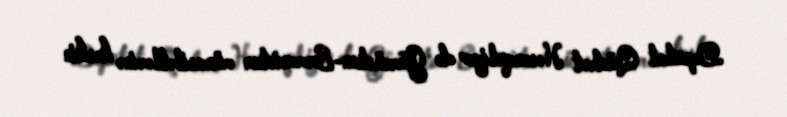
Deputat Qüdrət Həsənquliyev də Gürcüstan-Ermənistan münasibətlərinə kəskin